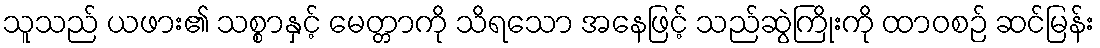
သူသည် ယဖား၏ သစ္စာနှင့် မေတ္တာကို သိရသော အနေဖြင့် သည်ဆွဲကြိုးကို ထာဝစဉ် ဆင်မြန်း